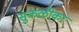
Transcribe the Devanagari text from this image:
सुकळीकर